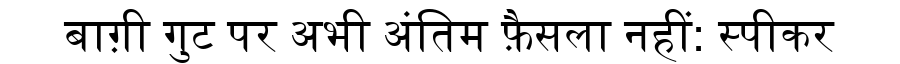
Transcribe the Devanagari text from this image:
बाग़ी गुट पर अभी अंतिम फ़ैसला नहीं: स्पीकर